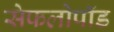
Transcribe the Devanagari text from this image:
सेफलोपॉड